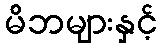
မိဘများနှင့်